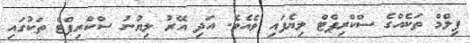
ފިލްމް ތަކެއްގެ ސްކްރިޕްޓް ލިޔެފައި ވެއެވެ. އަދި އޭރު ލިޔުނު ސްކްރިޕްޓް ތަކުގައި